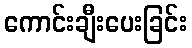
ကောင်းချီးပေးခြင်း